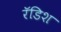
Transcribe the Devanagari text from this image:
रॅडिश